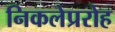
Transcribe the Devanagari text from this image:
निकलेप्ररोह